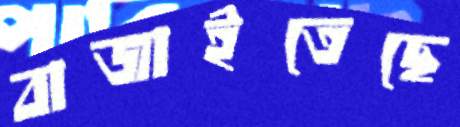
বাজাইতেছে